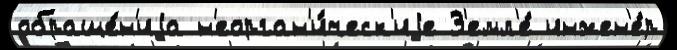
обраще́н'иjа н'еорган'и́ческ'иjе З'емл'е́ инжен'е́р